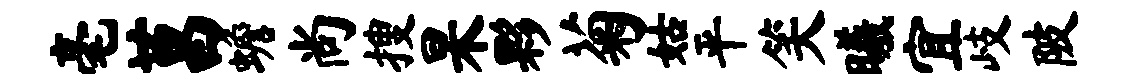
毫莒蟾尚搜杲夥菊姑平笑曦宜岐陂